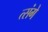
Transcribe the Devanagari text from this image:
त्संगे